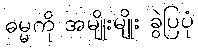
ဓမ္မကို အမျိုးမျိုး ခွဲပြပုံ